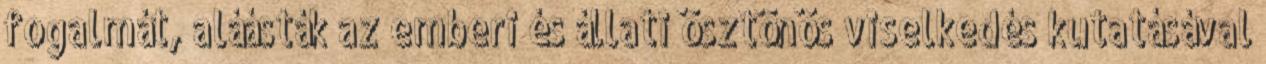
fogalmát, aláásták az emberi és állati ösztönös viselkedés kutatásával